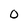
Character: O